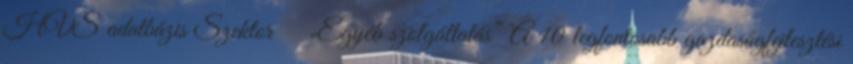
HVS adatbázis Szektor ▪„Egyéb szolgáltatás” A 10 legfontosabb gazdaságfejlesztési